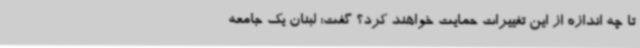
تا چه اندازه از این تغییرات حمایت خواهند کرد؟ گفت: لبنان یک جامعه